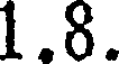
1.8.